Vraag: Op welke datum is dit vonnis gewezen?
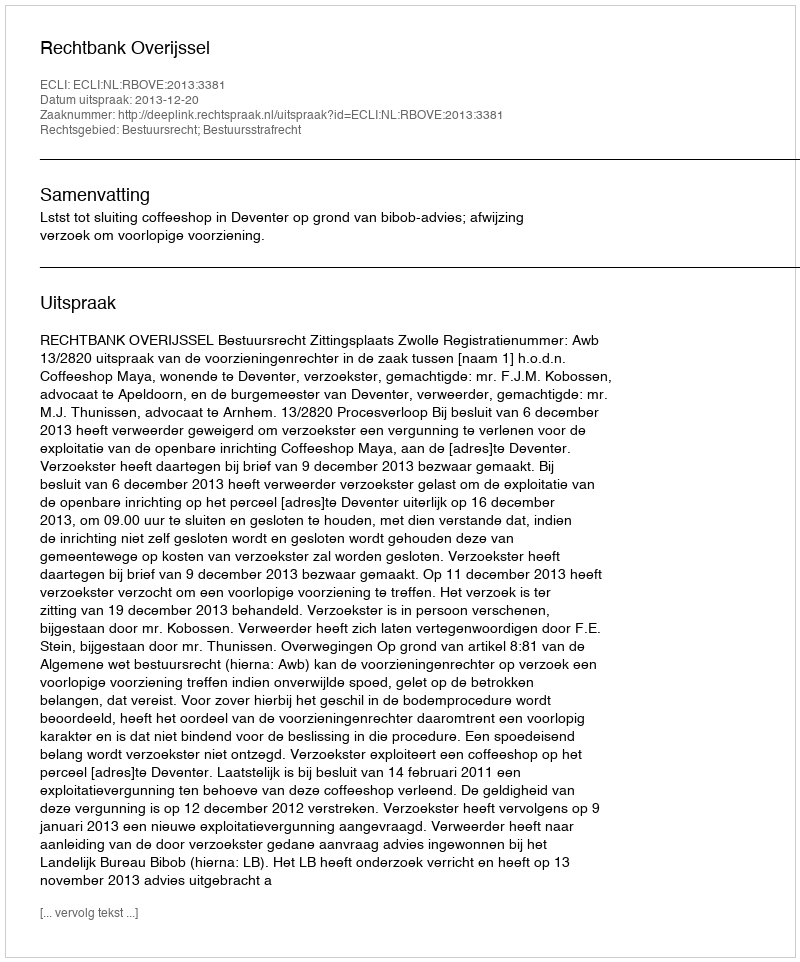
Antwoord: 2013-12-20